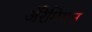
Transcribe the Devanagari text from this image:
अॅरेमियन